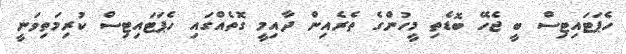
ހެޕަޓައިޓިސް ބީ ޖެހޭ ބޮޑެތި މީހުންގެ ތެރެއިން ދާއިމީ ގޮތެއްގައި ހެޕަޓައިޓިސް ކުރިމަތިވަނީ